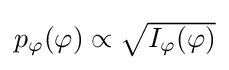
{\textstyle p_{\varphi }(\varphi )\propto {\sqrt {I_{\varphi }(\varphi )}}}